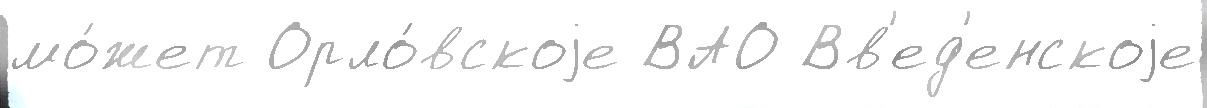
мо́жет Орло́вскоjе ВАО Вв'ед'енскоjе